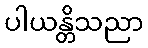
ပါယန္တိသညာ